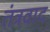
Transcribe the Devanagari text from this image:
तंत्रवाद